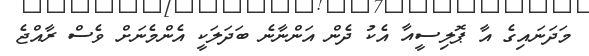
މަދަނައިގެ އާ ޕޮލިސީއާ އެކު ދެން އަންނާނެ ބަދަލަކީ އެންމެނަށް ވެސް ރާއްޖެ